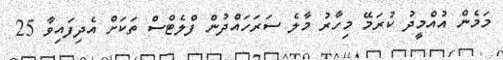
މަމެން އުއްމީދު ކުރަމޭ މިހާރު މާލެ ސަރަހައްދުން ފްލެޓްސް ތަކަށް އެދިފައިވާ 25